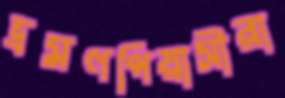
ভ্রমণপিয়াসীরা